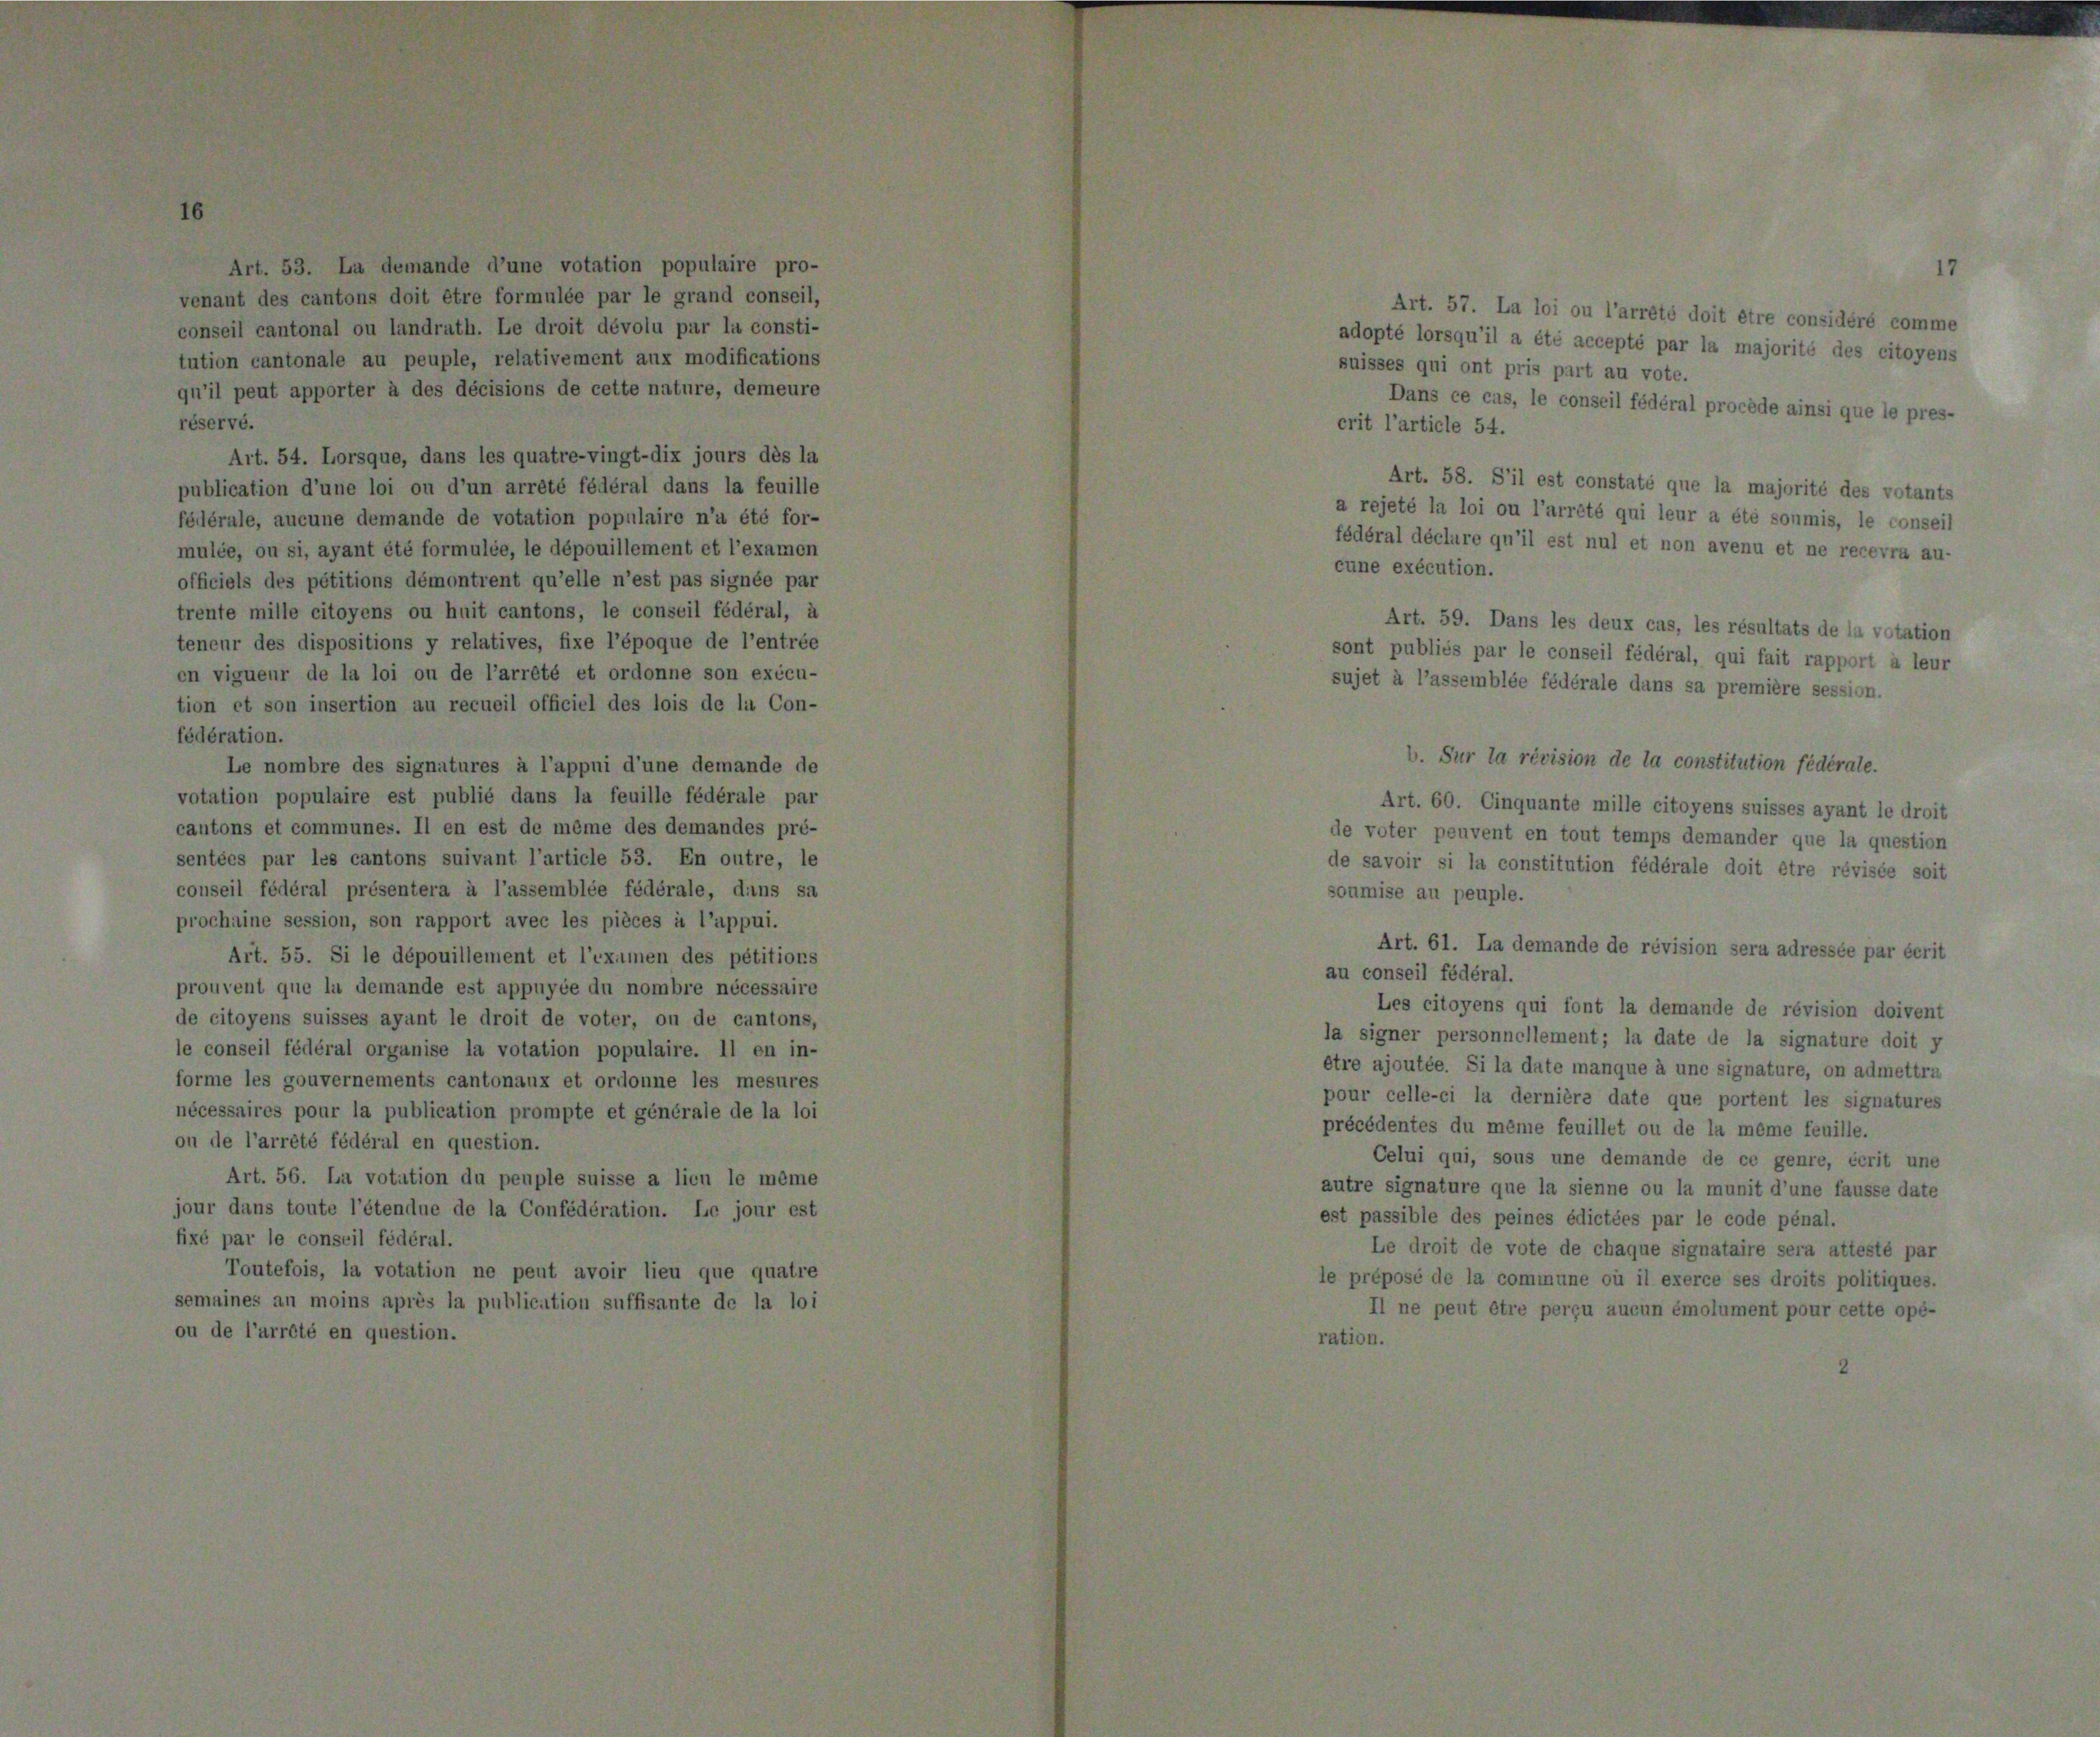
eil fédéral

5

le e

8 c

a

ire n’a été for-
ent et l’examen
t pas signée par
nseil fédéral, à
que de l’entrée
nne son exécu-